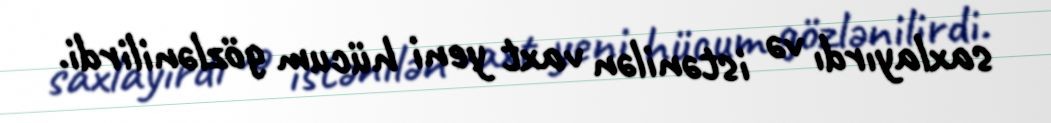
saxlayırdı və istənilən vaxt yeni hücum gözlənilirdi.